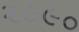
૨૯૯૦